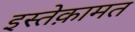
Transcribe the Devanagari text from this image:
इस्तेक़ामत